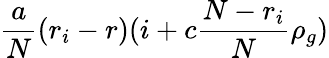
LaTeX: \frac{a}{N}(r_{i}-r)(i+c\frac{N-r_{i}}{N}\rho_{g})